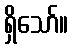
ရှိသော်။